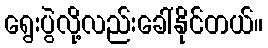
ရွေးပွဲလို့လည်းခေါ်နိုင်တယ်။